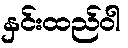
နှင်းထည်ဝါ